Report on sanitation, dispensaries, and jails in Rajputana for 1913, and on vaccination for the year 1913-1914 - 1913-1914
Year: 1913
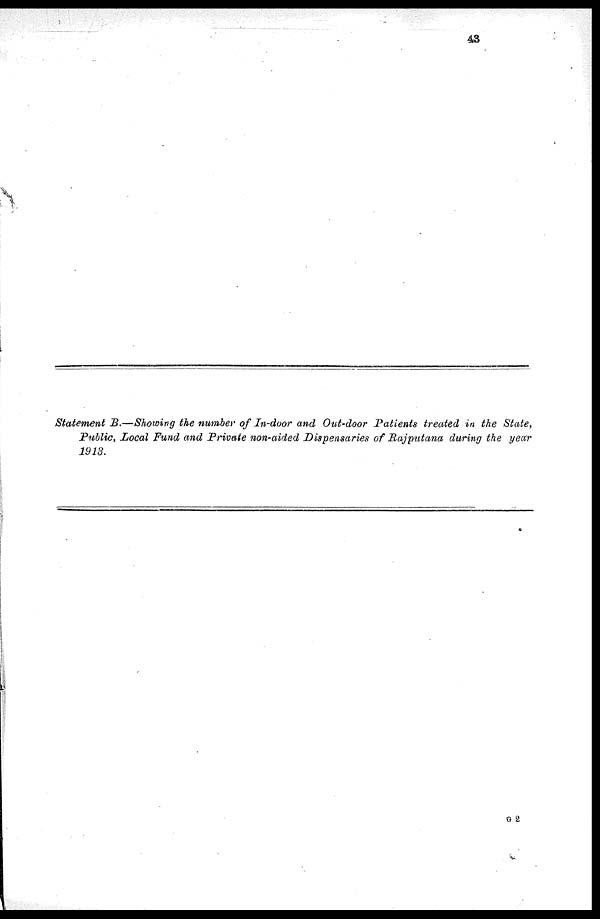
43
Statement B.—Showing the number of In-door and Out-door Patients treated in the State,
Public, Local Fund and Private non-aided Dispensaries of Rajputana during the year
1913.